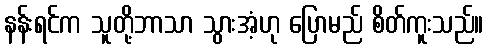
နန်းရင်က သူတို့ဘာသာ သွားအံ့ဟု ပြောမည် စိတ်ကူးသည်။